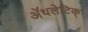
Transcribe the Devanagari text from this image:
अॅथलेटिक्